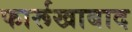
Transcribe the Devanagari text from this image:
फार्रूखाबाद